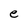
Character: e